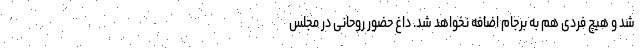
شد و هیچ فردی هم به برجام اضافه نخواهد شد. داغ حضور روحانی در مجلس